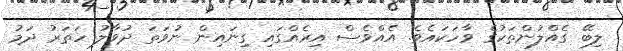
ލިބޭ ގެއްލުންތަކުގެ ވާހަކައެވެ. އެއްވެސް އިރެއްގައި ގިނައިން ނުވަތަ ދުވާލު ހަތަރު ދަމު